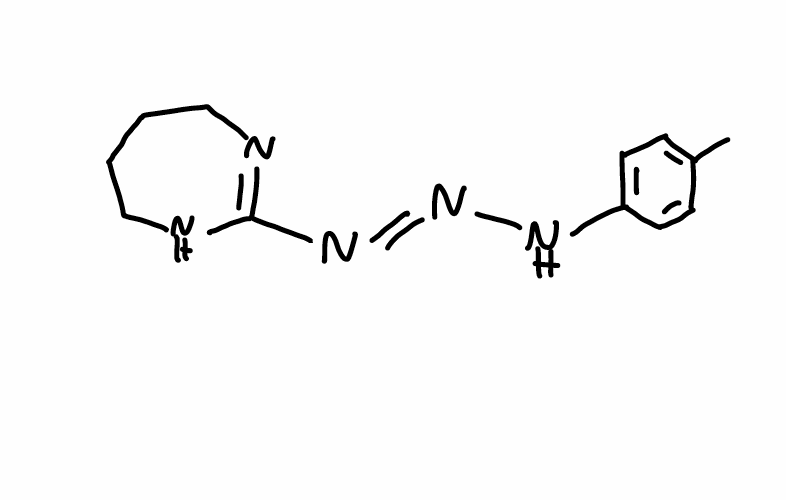
Simplified molecular-input line-entry system (SMILES) notation of the given molecule:
CC1=CC=C(C=C1)N/N=N/C2=NCCCCN2